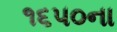
૧૬૫૦ના